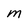
Character: M